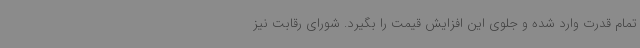
تمام قدرت وارد شده و جلوی این افزایش قیمت را بگیرد. شورای رقابت نیز